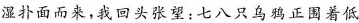
湿扑面而来，我回头张望：七八只乌鸦正围着低